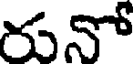
రునో